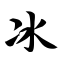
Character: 冰